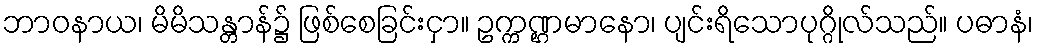
ဘာဝနာယ၊ မိမိသန္တာန်၌ ဖြစ်စေခြင်းငှာ။ ဥက္ကဏ္ဌမာနော၊ ပျင်းရိသောပုဂ္ဂိုလ်သည်။ ပဓာနံ၊